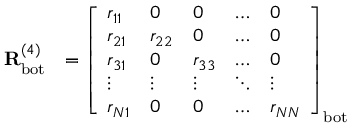
\begin{array} { r l } { \mathbf { R } _ { \mathrm { b o t } } ^ { ( 4 ) } } & { = \left[ \begin{array} { l l l l l } { r _ { 1 1 } } & { 0 } & { 0 } & { \dots } & { 0 } \\ { r _ { 2 1 } } & { r _ { 2 2 } } & { 0 } & { \dots } & { 0 } \\ { r _ { 3 1 } } & { 0 } & { r _ { 3 3 } } & { \dots } & { 0 } \\ { \vdots } & { \vdots } & { \vdots } & { \ddots } & { \vdots } \\ { r _ { N 1 } } & { 0 } & { 0 } & { \dots } & { r _ { N N } } \end{array} \right] _ { \mathrm { b o t } } } \end{array}